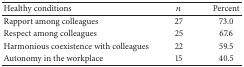
<table><thead><tr><td><b>Healthy conditions</b></td><td><b><i>n</i></b></td><td><b>Percent</b></td></tr></thead><tbody><tr><td>Rapport among colleagues</td><td>27</td><td>73.0</td></tr><tr><td>Respect among colleagues</td><td>25</td><td>67.6</td></tr><tr><td>Harmonious coexistence with colleagues</td><td>22</td><td>59.5</td></tr><tr><td>Autonomy in the workplace</td><td>15</td><td>40.5</td></tr></tbody></table>